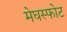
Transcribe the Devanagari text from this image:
मेघस्फोट